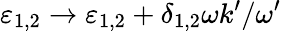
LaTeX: \varepsilon_{1,2}\to\varepsilon_{1,2}+\delta_{1,2}\omega k^{\prime}/\omega^{\prime}